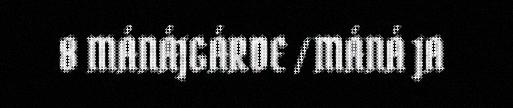
8 MÁNÁJGÁRDE / MÁNÁ JA